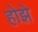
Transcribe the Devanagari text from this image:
होझे